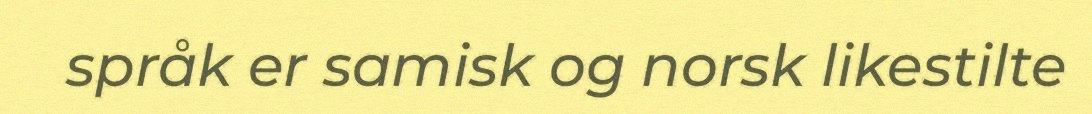
språk er samisk og norsk likestilte